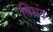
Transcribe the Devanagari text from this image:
तिधंय